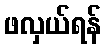
ဖလှယ်ရန်